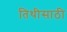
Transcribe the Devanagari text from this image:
तिथीसाठी